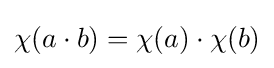
{\textstyle \chi (a\cdot b)=\chi (a)\cdot \chi (b)}